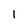
Character: l